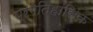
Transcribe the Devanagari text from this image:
प्रगेतिहासिक